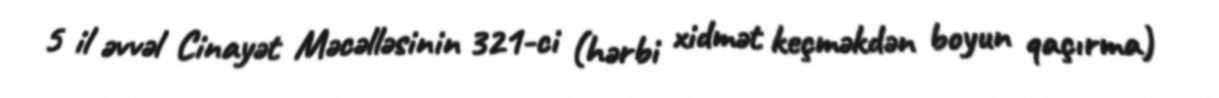
5 il əvvəl Cinayət Məcəlləsinin 321-ci (hərbi xidmət keçməkdən boyun qaçırma)